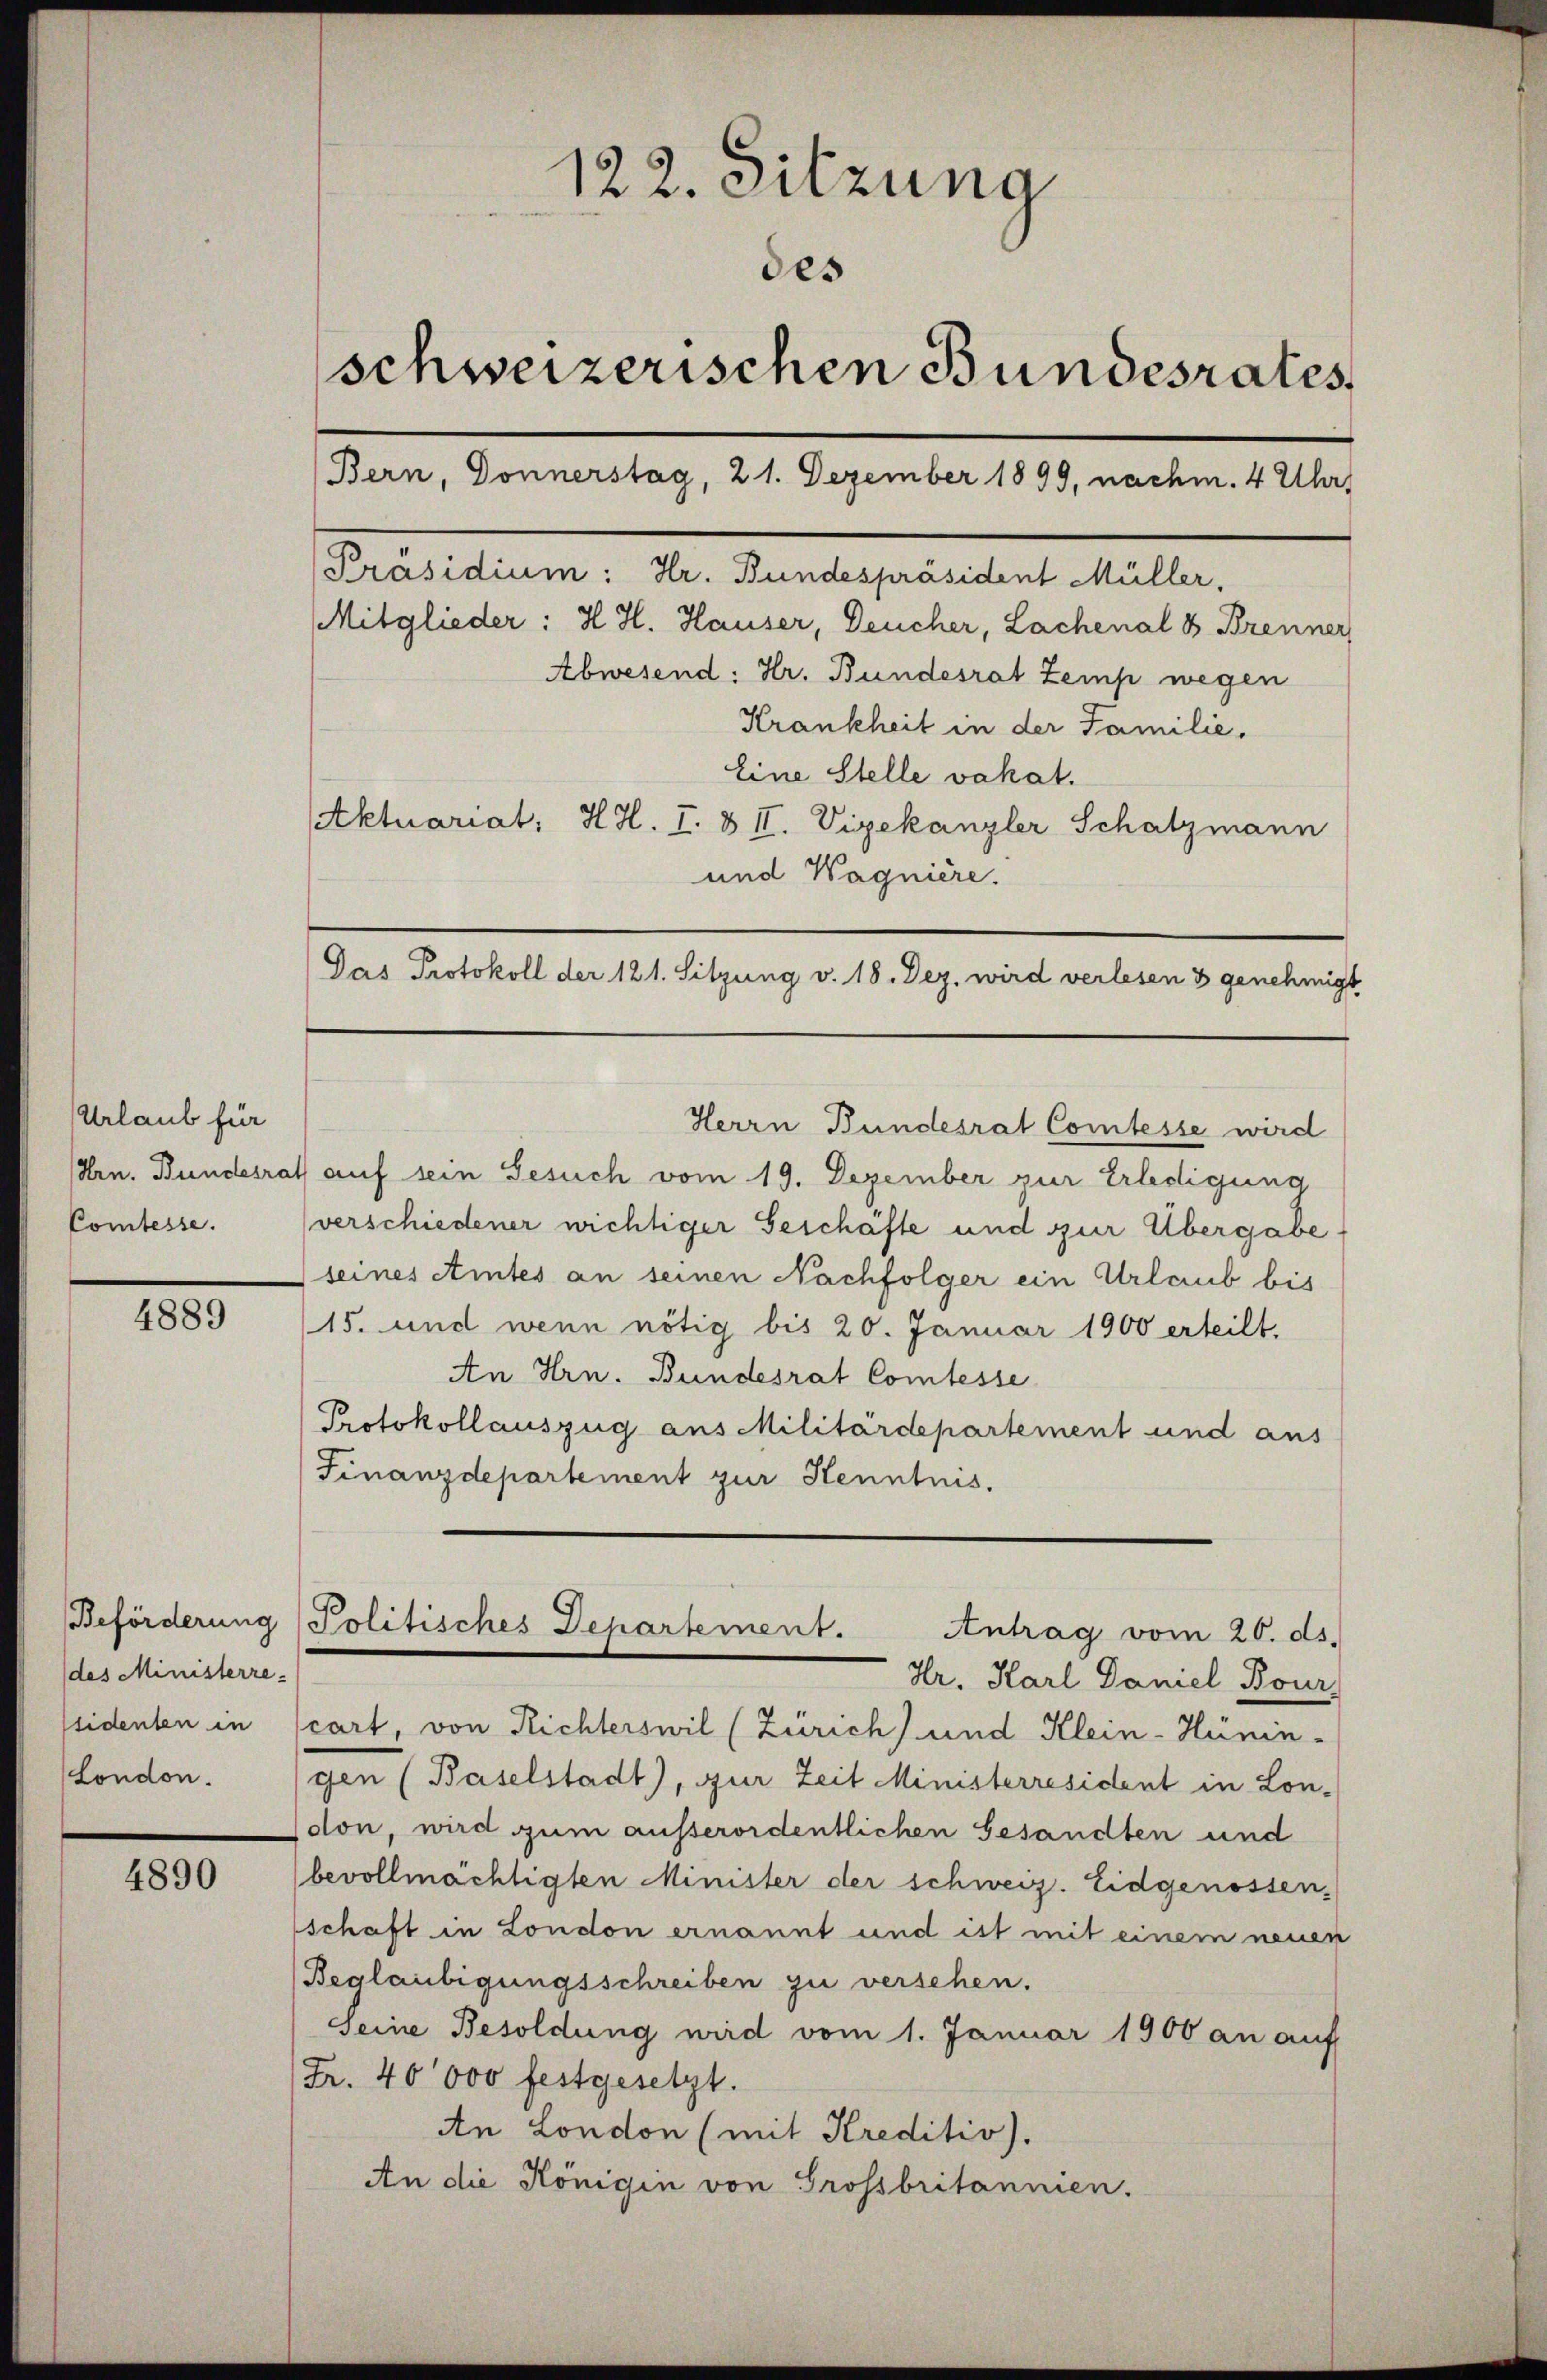
Urlaub für
Comtesse.

4889

des Ministerre

4890

122. Sitzung
des
schweizerischen Bundesrates,
Bern, Donnerstag, 21. Dezember 1899, nachm. 4 Uhr,
[Präsidium: Hr. Bundespräsident Müller,
Mitglieder: H. H. Hauser, Deucher, Lachenal & Brenner
Abwesend: Hr. Bundesrat Zemp wegen
Krankheit in der Familie,
Eine Stelle vakat.
Aktuariat, H. H. I. & II. Vizekanzler Schatzmann
und Wagniere.

(Hrn. Bundesrath auf sein Gesuch vom 19. Dezember zur Erledigung
verschiedener wichtiger Geschäfte und zur Übergabe
seines Amtes an seinen Nachfolger ein Urlaub bis
15. und wenn nötig bis 20. Januar 1900 erteilt.
An Hrn. Bundesrat Comtesse
Protokollauszug aus Militärdepartement und aus
Finanzdepartement zur Henntnis.
Beförderung (Politisches Departement.
Antrag vom 20. ds.
Hr. Karl Daniel Bour,
ssidenten in cart, von Richterswil (Zürich und Klein-Hünin¬
London. (gen (Baselstadt), zur Zeit Ministerresident in Lon-
don, wird zum außerordentlichen Gesandten und
bevollmächtigten Minister der schweiz. Eidgenossen.
schaft in London ernannt und ist mit einem neuen
Beglaubigungsschreiben zu versehen.
Seine Besoldung wird vom 1. Januar 1900 an auf
Fr. 40000 festgesetzt.
An London (mit Kreditiv).
An die Königin von Grossbritannen.

Das Protokoll der 121. Sitzung v. 18. Dez. wird verlesen & genehmigt
Herrn Bundesrat Comtesse wird